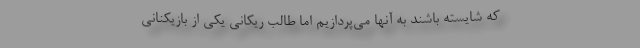
که شایسته باشند به آنها می‌پردازیم اما طالب ریکانی یکی از بازیکنانی